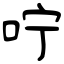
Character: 咛